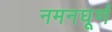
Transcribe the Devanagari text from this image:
नमनघूर्ण